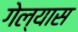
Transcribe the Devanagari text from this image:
गेल्‍यास